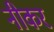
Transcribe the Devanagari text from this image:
नीकर